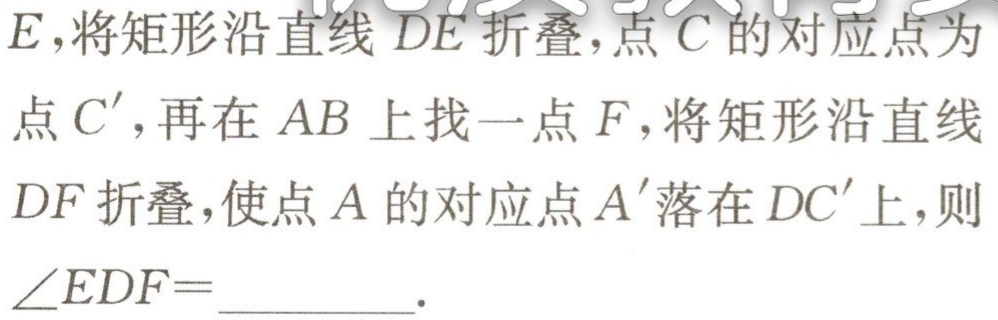
$E$，将矩形沿直线$DE$折叠，点$C$的对应点为点$C'$，再在$AB$上找一点$F$，将矩形沿直线$DF$折叠，使点$A$的对应点$A'$落在$DC'$上，则$\angle EDF =$__________.